Indian journal of veterinary science and animal husbandry - Volume 12,
Year: 1942
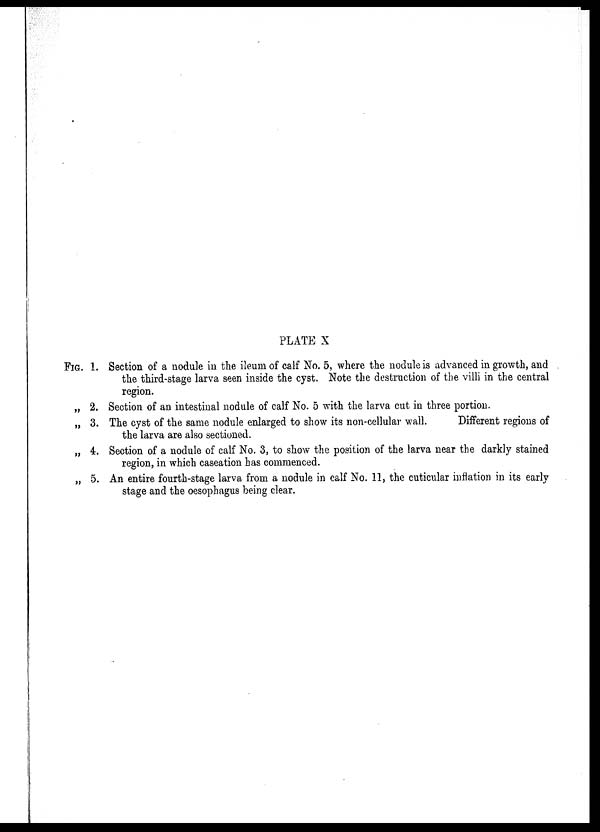
PLATE X
FIG.
„
„
„
„
1.
2.
3.
4.
5.
Section of a nodule in the ileum of calf No. 5, where the nodule is advanced in growth, and
the third-stage larva seen inside the cyst. Note the destruction of the villi in the central
region.
Section of an intestinal nodule of calf No. 5 with the larva cut in three portion.
The cyst of the same nodule enlarged to show its non-cellular wall.
Different regions of
the larva are also sectioned.
Section of a nodule of calf No. 3, to show the position of the larva near the darkly stained
region, in which caseation has commenced.
An entire fourth-stage larva from a nodule in calf No. 11, the cuticular inflation in its early
stage and the œsophagus being clear.